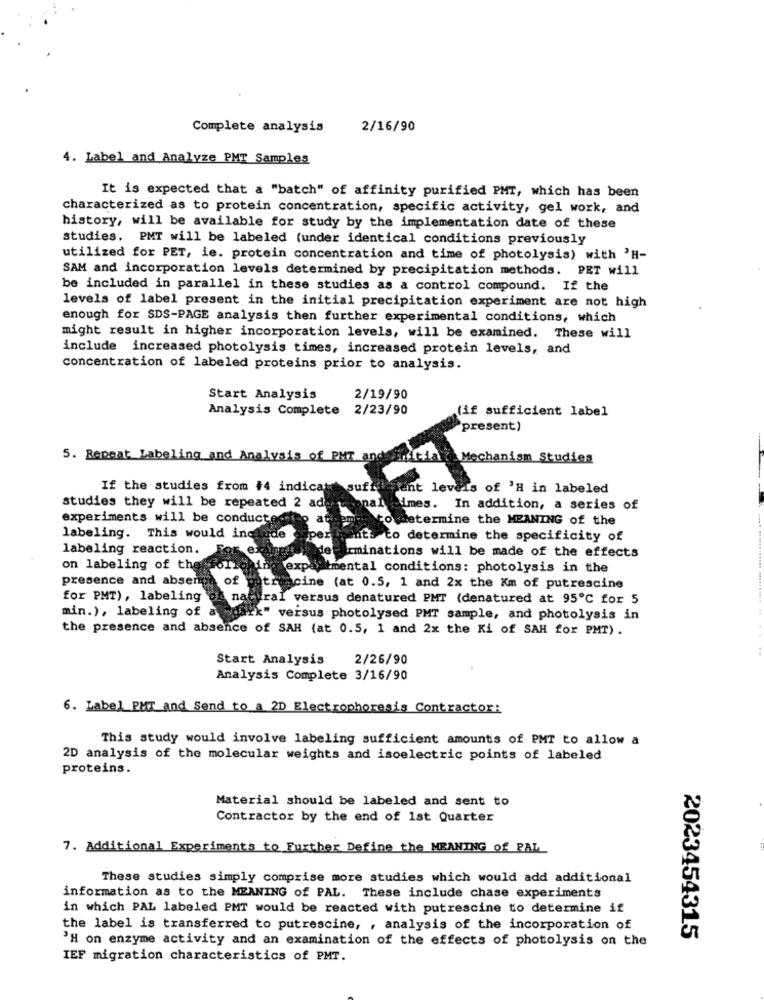
Complete analysis
2/16/90
4. Label and Analyze PMT Samples
It is expected that a "batch" of affinity purified PMT, which has been
characterized as to protein concentration, specific activity, gel work, and
history, will be available for study by the implementation date of these
studies. PMT will be labeled (under identical conditions previously
utilized for PET, ie. protein concentration and time of photolysis) with 'H-
SAM and incorporation levels determined by precipitation methods. PET will
be included in parallel in these studies as a control compound. If the
levels of label present in the initial precipitation experiment are not high
enough for SDS-PAGE analysis then further experimental conditions, which
might result in higher incorporation levels, will be examined. These will
include increased photolysis times, increased protein levels, and
concentration of labeled proteins prior to analysis.
Start Analysis
2/19/90
Analysis Complete
2/23/90
(if sufficient label
"present)
5. Repeat Labeling and Analysis of PMT and
Mechanism Studies
RAF
If the studies from #4 indicate
ent levels of 'H in labeled
studies they will be repeated 2 ade
imes. In addition, a series of
experiments will be conducted
determine the MEANING of the
labeling. This would ind
to determine the specificity of
labeling reaction.
irminations will be made of the effects
on labeling of the
imental conditions: photolysis in the
presence and absen
cine (at 0.5, 1 and 2x the Km of putrescine
for PMT), labeling
versus denatured PMT (denatured at 95℃ for 5
min.), labeling of
versus photolysed PMT sample, and photolysis in
the presence and absence of SAH (at 0.5, 1 and 2x the Ki of SAH for PMT) .
Start Analysis
2/26/90
Analysis Complete 3/16/90
6. Label PMT and Send to a 2D Electrophoresis Contractor:
This study would involve labeling sufficient amounts of PMT to allow a
2D analysis of the molecular weights and isoelectric points of labeled
proteins.
Material should be labeled and sent to
Contractor by the end of 1st Quarter
7. Additional Experiments to Further Define the MEANING of PAL
These studies simply comprise more studies which would add additional
information as to the MEANING of PAL. These include chase experiments
in which PAL labeled PMT would be reacted with putrescine to determine if
the label is transferred to putrescine, , analysis of the incorporation of
'H on enzyme activity and an examination of the effects of photolysis on the
2023454315
IEF migration characteristics of PMT.